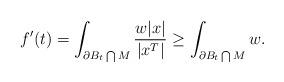
LaTeX: \begin{align*}f'(t)=\int_{\partial B_t\bigcap M} \frac{w |x|}{|x^T|}\geq \int_{\partial B_t\bigcap M}w.\end{align*}